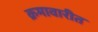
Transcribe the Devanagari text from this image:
क्रमावारीत